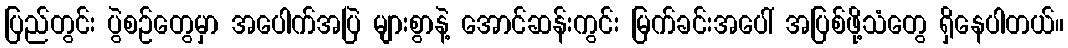
ပြည်တွင်း ပွဲစဉ်တွေမှာ အပေါက်အပြဲ များစွာနဲ့ အောင်ဆန်းကွင်း မြက်ခင်းအပေါ် အပြစ်ဖို့သံတွေ ရှိနေပါတယ်။